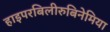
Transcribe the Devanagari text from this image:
हाइपरबिलीरुबिनेमिया